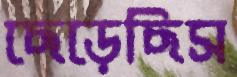
ছেড়েছিস